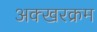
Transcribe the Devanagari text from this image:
अक्खरक्रम